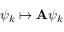
\psi _ { k } \mapsto \mathbf { A } \psi _ { k }